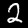
Digit: 2